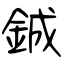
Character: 鋮